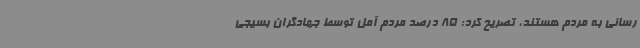
رسانی به مردم هستند، تصریح کرد:‌ 85 درصد مردم آمل توسط جهادگران بسیجی